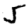
Digit: 5